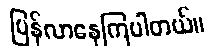
ပြန်လာနေကြပါတယ်။